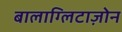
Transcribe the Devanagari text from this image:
बालाग्लिटाज़ोन